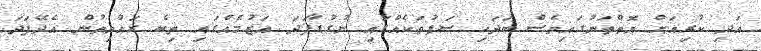
އަދި ކުރިއަށް އޮތްތަނުގައިވެސް ބަދަހި ސަފުތަކެއްގައި ނުގުޑާފަދަ އަޒުމެއްގައި ތިބެ ރައްޔިތުން އެދޭފަދަ